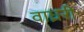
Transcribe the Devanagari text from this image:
वाघ्ररी